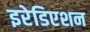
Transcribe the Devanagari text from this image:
इरेडिएशन